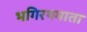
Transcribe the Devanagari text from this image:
भगिरथमाता